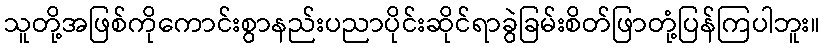
သူတို့အဖြစ်ကိုကောင်းစွာနည်းပညာပိုင်းဆိုင်ရာခွဲခြမ်းစိတ်ဖြာတုံ့ပြန်ကြပါဘူး။